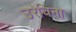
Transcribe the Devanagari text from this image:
उरेचिना